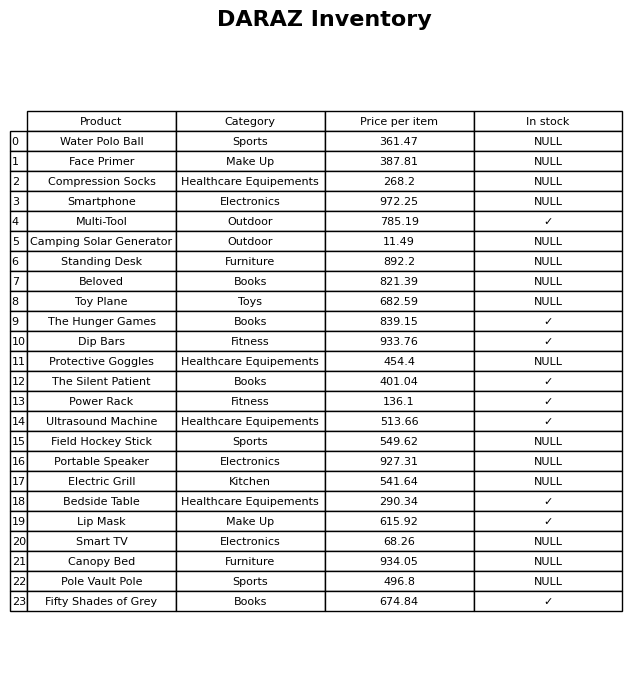
question: What is the price of the Lip Mask?
answer: The price of Lip Mask is 615.92.